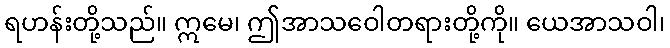
ရဟန်းတို့သည်။ ဣမေ၊ ဤအာသဝေါတရားတို့ကို။ ယေအာသဝါ၊